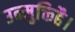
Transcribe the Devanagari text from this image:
उन्मुक्तिहै।